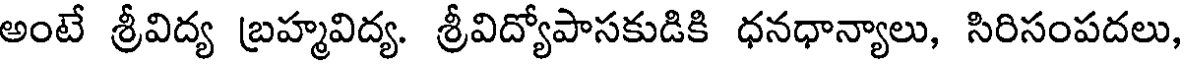
అంటే శ్రీవిద్య బ్రహ్మవిద్య. శ్రీవిద్యోపాసకుడికి ధనధాన్యాలు, సిరిసంపదలు,